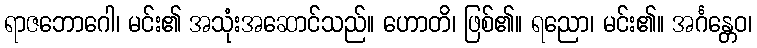
ရာဇဘောဂေါ၊ မင်း၏ အသုံးအဆောင်သည်။ ဟောတိ၊ ဖြစ်၏။ ရညော၊ မင်း၏။ အင်္ဂန္တေဝ၊